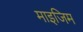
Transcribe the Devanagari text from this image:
माइजिम